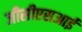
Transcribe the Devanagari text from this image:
जीसीएसआई